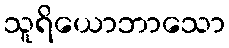
သူရိယောဘာသော